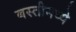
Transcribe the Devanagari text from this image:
बस्तीमध्ये